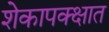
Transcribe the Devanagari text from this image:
शेकापक्क्षात